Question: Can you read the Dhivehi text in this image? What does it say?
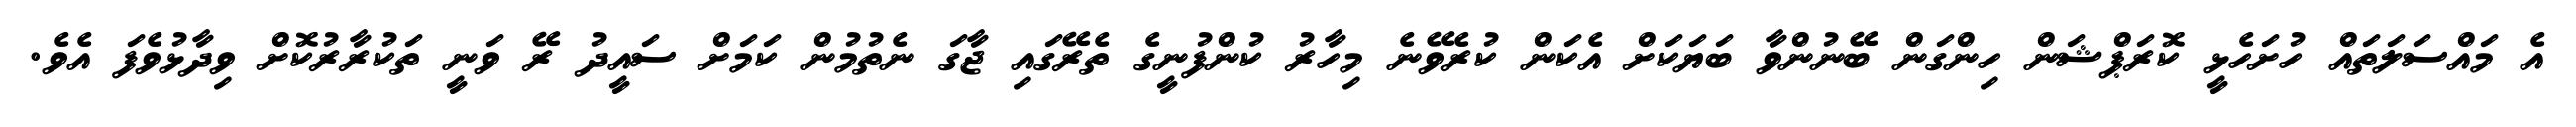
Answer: އެ މައްސަލަތައް ހުށަހެޅީ ކޮރަޕްޝަން ހިންގަން ބޭނުންވާ ބަޔަކަށް އެކަން ކުރެވޭނެ މިހާރު ކުންފުނީގެ ތެރޭގައި ޖާގަ ނެތުމުން ކަމަށް ސައީދު ރޭ ވަނީ ތަކުރާރުކޮށް ވިދާޅުވެފަ އެވެ.